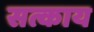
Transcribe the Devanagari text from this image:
सत्काय